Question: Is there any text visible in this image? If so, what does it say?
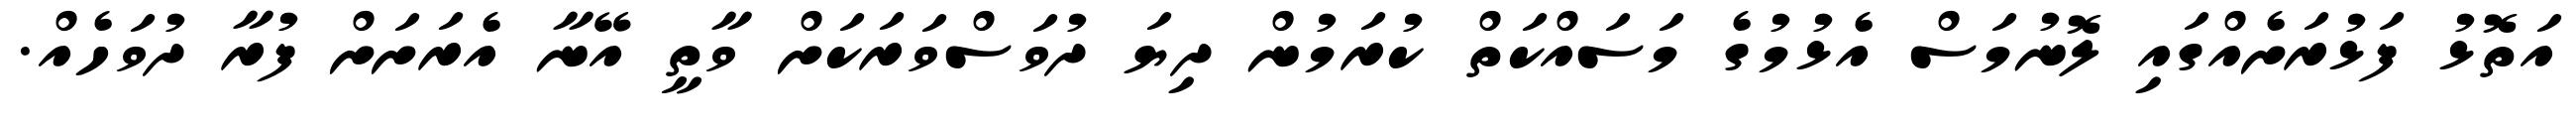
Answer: އަތޮޅު ފަޅުރަށެއްގައި ލޮނުމަސް އެޅުމުގެ މަސައްކަތް ކުރަމުން ދިޔަ ދުވަސްވަރަކަށް ވާތީ އޭނާ އެރަށަށް ފުރާ ދުވަހެއް.